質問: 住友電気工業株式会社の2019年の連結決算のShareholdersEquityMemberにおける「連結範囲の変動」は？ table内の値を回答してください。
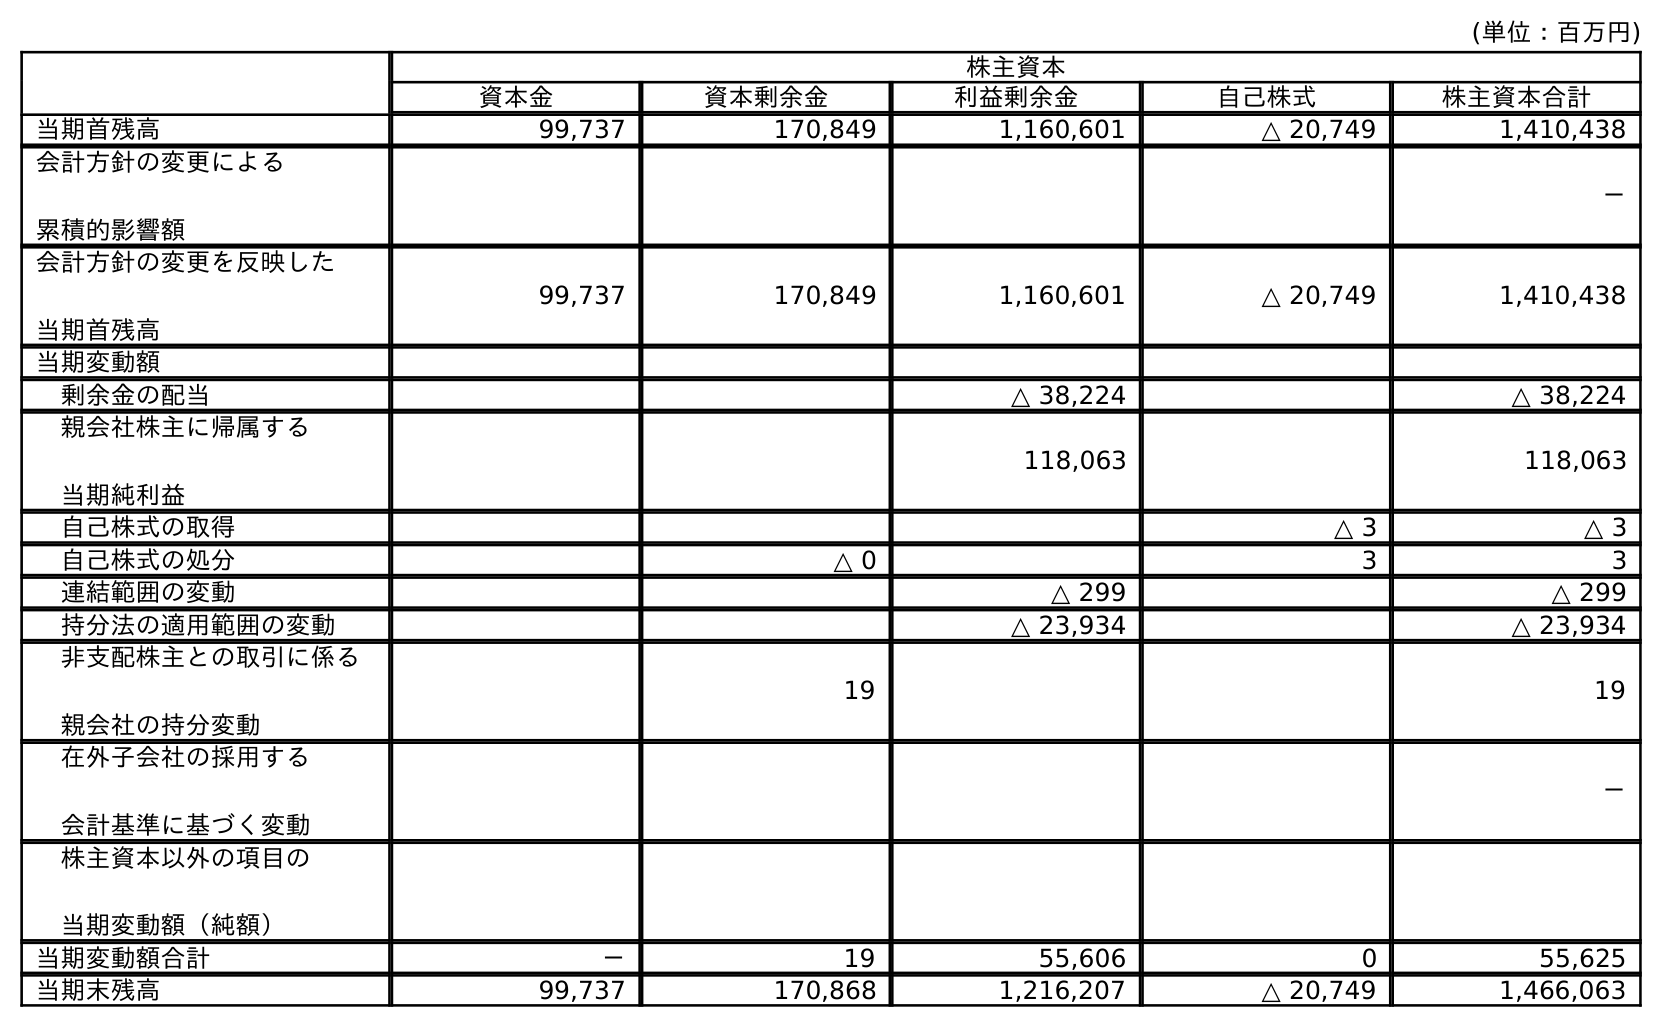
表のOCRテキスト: (単位：百万円) 株主資本 資本金 資本剰余金 利益剰余金 自己株式 株主資本合計 当期首残高 99,737 170,849 1,160,601 △ 20,749 1,410,438 会計方針の変更による 累積的影響額 － 会計方針の変更を反映した 当期首残高 99,737 170,849 1,160,601 △ 20,749 1,410,438 当期変動額 剰余金の配当 △ 38,224 △ 38,224 親会社株主に帰属する 当期純利益 118,063 118,063 自己株式の取得 △ 3 △ 3 自己株式の処分 △ 0 3 3 連結範囲の変動 △ 299 △ 299 持分法の適用範囲の変動 △ 23,934 △ 23,934 非支配株主との取引に係る 親会社の持分変動 19 19 在外子会社の採用する 会計基準に基づく変動 － 株主資本以外の項目の 当期変動額（純額） 当期変動額合計 － 19 55,606 0 55,625 当期末残高 99,737 170,868 1,216,207 △ 20,749 1,466,063
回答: △299